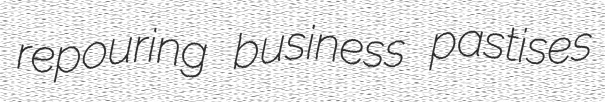
repouring business pastises